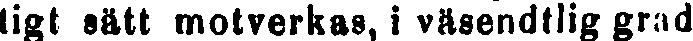
tigt sätt motverkas, i väsendtlig grad